Civil Veterinary Department. Madras. Admin. report 1926-33 - 1926-1933
Year: 1926
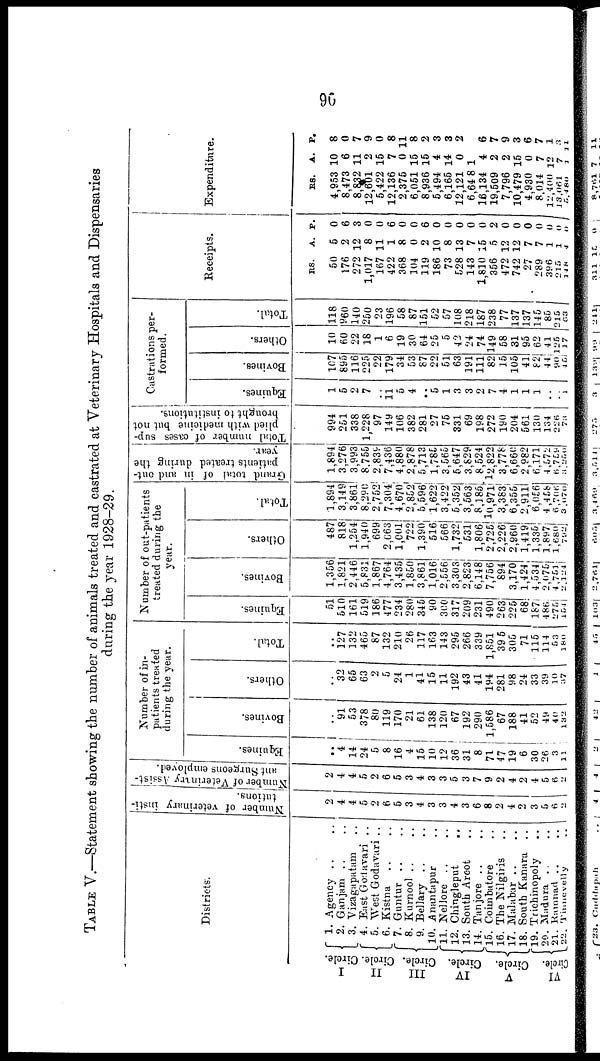
90
TABLE V.—Statement showing the number of animals treated and castrated at Veterinary Hospitals and Dispensaries
during the year 1928-29.
Districts;
I
Circle.
II
Cirole.
III
Circle.
IV
Cirole.
V
Circle.
VI
Circle.
1. Agency .. ..
2. Ganjam .. ..
3. Vizagapatam ..
4. East Godavari ..
5. West Godavari ..
6. Kistna ..
7. Guntur .. ..
8. Kurnool .. ..
9. Bellary .. ..
10. Anantapur ..
11. Nellore .. ..
12. Chingleput
..
13. South Arcot ..
14. Tanjore .. ..
15. Coimbatore ..
16. The Nilgiris ..
17. Malabar .. ..
18. South Kanara ..
19. Trichinopoly ..
20. Madura .. ..
21. Ramnad ..
..
22. Tinnevelly ..
Number of veterinary insti-
tutions.
2
4
4
5
2
6
5
3
4
3
3
4
3
6
8
2
4
2
3
5
6
2
Number of Veterinary Assist-
ant Surgeons employed.
2
4
4
5
2
6
5
3
4
3
3
5
3
7
9
2
4
2
4
5
6
2
N u m b e
r of in-
pat i
ent s t
r e at e d
duri ng t he year.
Equines.
..
4
14
24
5
8
16
4
15
10
12
36
31
8
71
47
19
6
30
26
3
11
Bovines.
..
91
53
378
80
119
170
21
61
138
120
67
192
290
1,586
67
188
41
52
49
40
132
Others.
..
32
65
63
2
5
24
1
41
15
11
192
43
41
194
281
98
24
33
39
10
37
Total.
..
127
132
465
87
132
210
26
117
163
143
295
266
339
1,851
39 5
305
71
115
114
53
180
Number of out-patients
treated during the
year.
Equines.
51
510
161
519
186
477
234
280
345
90
300
317
209
231
490
263
225
68
187
480.
275
154
Bovines.
1,356
1,821
2,446
5,831
1,867
4,764
3,435
1,850
3,861
1,016
2,556
3,303
2,823
6,148
7,756
894
3,170
1,424
4,534
2,075
4,751
2,124
Others.
487
818
1,254
1,940
699
2,C63
1,001
722
1,390
516
566
1,732
531
1,806
2,725
2,226
2,960
1,419
1,335
1,897
1,680
792
Total.
1,894
3,149
3,861
8,290
2,752
7,304
4,670
2,852
5,596
1,622
3,422
5,352
3,563
8,185
10,971
3,383
6,355
2,911
6,056
4,468
6,706
3,070
Grand total of in and out-
patients treated during the
year.
1,894
3,276
3,993
8.755
2,839
7,436
4,880
2,878
5,713
1,785
3,565
5,647
3,829
8,524
12,822
3,778
6,660
2,982
6,171
4,572
6,759
3,250
Total number of cases sup-
plied with medicine but not
brought to institutions.
994
251
338
1,228
97
149
106
382
281
27
75
331
69
198
272
190
204
561
130
1S4
226
73
Castrations per-
formed.
Equines.
1
5
2
7
..
11
5
4
..
5
1
3
3
2
7
4
1
1
1
..
.. 1
Bovines.
107
895
116
225
22
179
34
53
87
22
51
63
191
111
82
15
105
41
82
44
90
45
Others.
10
60
22
18
1
6
19
30
64
25
5
42
24
74
149
58
31
95
62
41
126
17
Total.
118
960
140
250
23
196
58
87
151
52
57
108
218
187
238
77
137
137
145
85
215
e>3 J
Receipts.
RS.
A. P.
50 5 0
176 2 6
272 12 3
1,017 8 0
167 11 0
422 1 6
368 8 0
104 0 0
119 2 6
186 10 0
73 8 0
528 13 0
143 7 0
1,810 15 0
356 5 2
472 12 0
742 12 0
27 7 0
289 7 0
396 1 0
215
1
0
148
4
0
Expenditure.
RS. A. P.
4,953 10 8
8,473 6 0
8,832 11 7
12,601 2 9
5,422 15 0
12,136 7 8
2,375 0 11
6,051 15 8
8,936 15 2
5,494 4 3
6,165 14 3
12,121 0 2
6,64 8 1
16,134 4 6
19,509 2 7
7,796 2 9
10,479 16 3
4,930 0 6
8,014 7 7
12,400 12 1
13,061
7 3
5,480
1
11